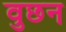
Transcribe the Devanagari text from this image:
वुछन